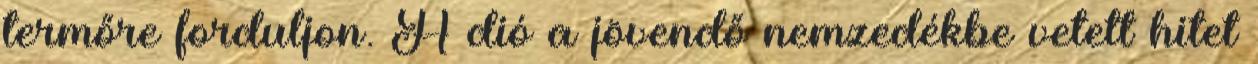
termőre forduljon. A dió a jövendő nemzedékbe vetett hitet